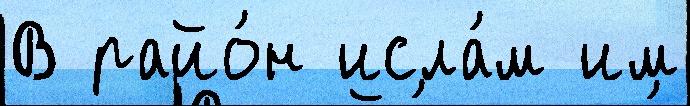
В райо́н исла́м им